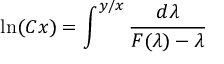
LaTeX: \ln ( C x ) = \int ^ { y / x } { \frac { d \lambda } { F ( \lambda ) - \lambda } } \,